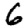
Digit: 6